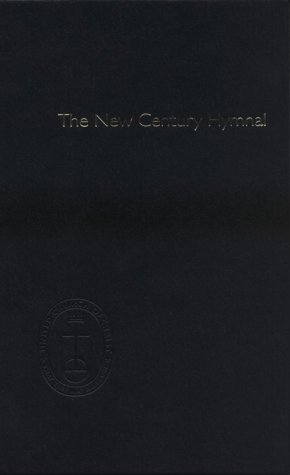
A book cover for The New Century Hymnal: Ucc Pew Edition; Pilgrim Press; Christian Books & Bibles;